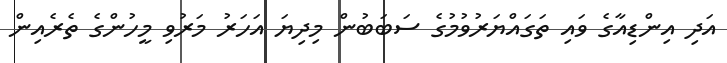
އަދި އިންޑިއާގެ ވައި ތަގައްޔަރުވުމުގެ ސަބަބުން މިދިޔަ އަހަރު މަރުވި މީހުންގެ ތެރެއިން